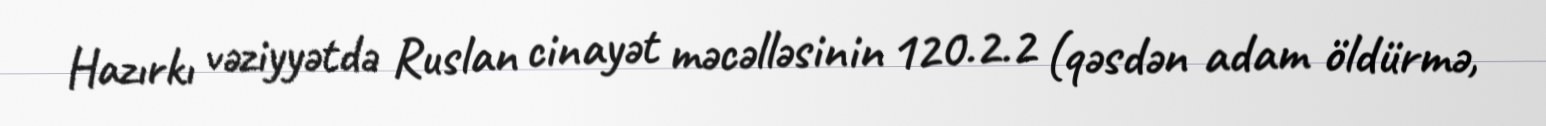
Hazırkı vəziyyətdə Ruslan cinayət məcəlləsinin 120.2.2 (qəsdən adam öldürmə,